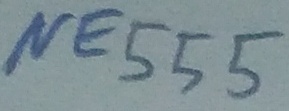
Text: NE555